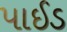
પાઈડ